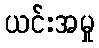
ယင်းအမှု